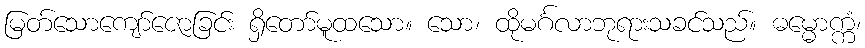
မြတ်သောကျော်ဇောခြင်း ရှိတော်မူထသော။ သော၊ ထိုမင်္ဂလာဘုရားသခင်သည်။ ဓမ္မောက္ကံ၊